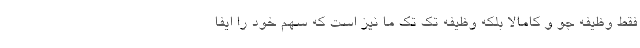
فقط وظیفه جو و کامالا بلکه وظیفه تک تک ما نیز است که سهم خود را ایفا